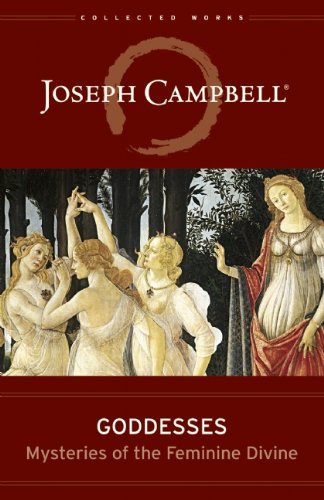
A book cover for Goddesses: Mysteries of the Feminine Divine (Collected Works of Joseph Campbell); Joseph Campbell; Politics & Social Sciences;